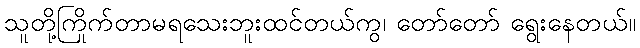
သူတို့ကြိုက်တာမရသေးဘူးထင်တယ်ကွ၊ တော်တော် ရွေးနေတယ်။